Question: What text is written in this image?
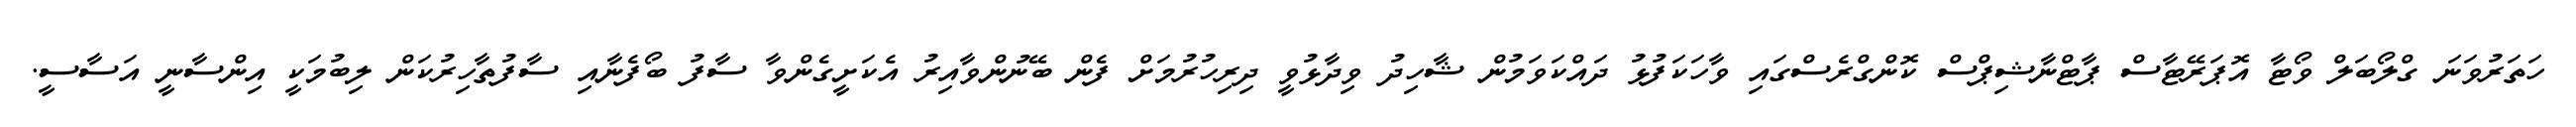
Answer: ހަތަރުވަނަ ގްލޯބަލް ވޯޓާ އޮޕަރޭޓާސް ޕާޓްނާޝިޕްސް ކޮންގްރެސްގައި ވާހަކަފުޅު ދައްކަވަމުން ޝާހިދު ވިދާޅުވީ ދިރިހުރުމަށް ފެން ބޭނުންވާއިރު އެކަށީގެންވާ ސާފު ބޯފެނާއި ސާފުތާހިރުކަން ލިބުމަކީ އިންސާނީ އަސާސީ.